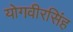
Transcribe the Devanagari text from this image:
योगवीरसिंह